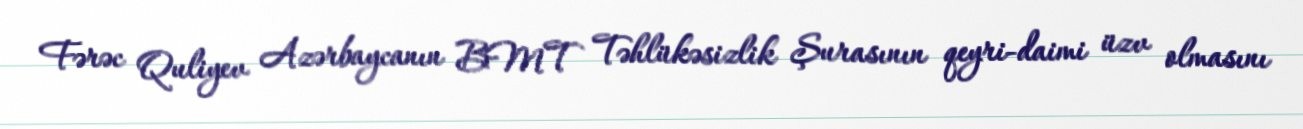
Fərəc Quliyev Azərbaycanın BMT Təhlükəsizlik Şurasının qeyri-daimi üzv olmasını